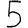
Digit: 5